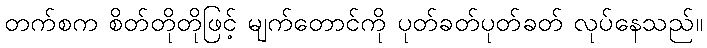
တက်စက စိတ်တိုတိုဖြင့် မျက်တောင်ကို ပုတ်ခတ်ပုတ်ခတ် လုပ်နေသည်။